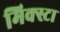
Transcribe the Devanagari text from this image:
मिक्स्टा